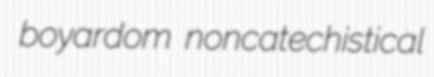
boyardom noncatechistical